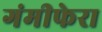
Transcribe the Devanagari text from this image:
गंमीफेरा